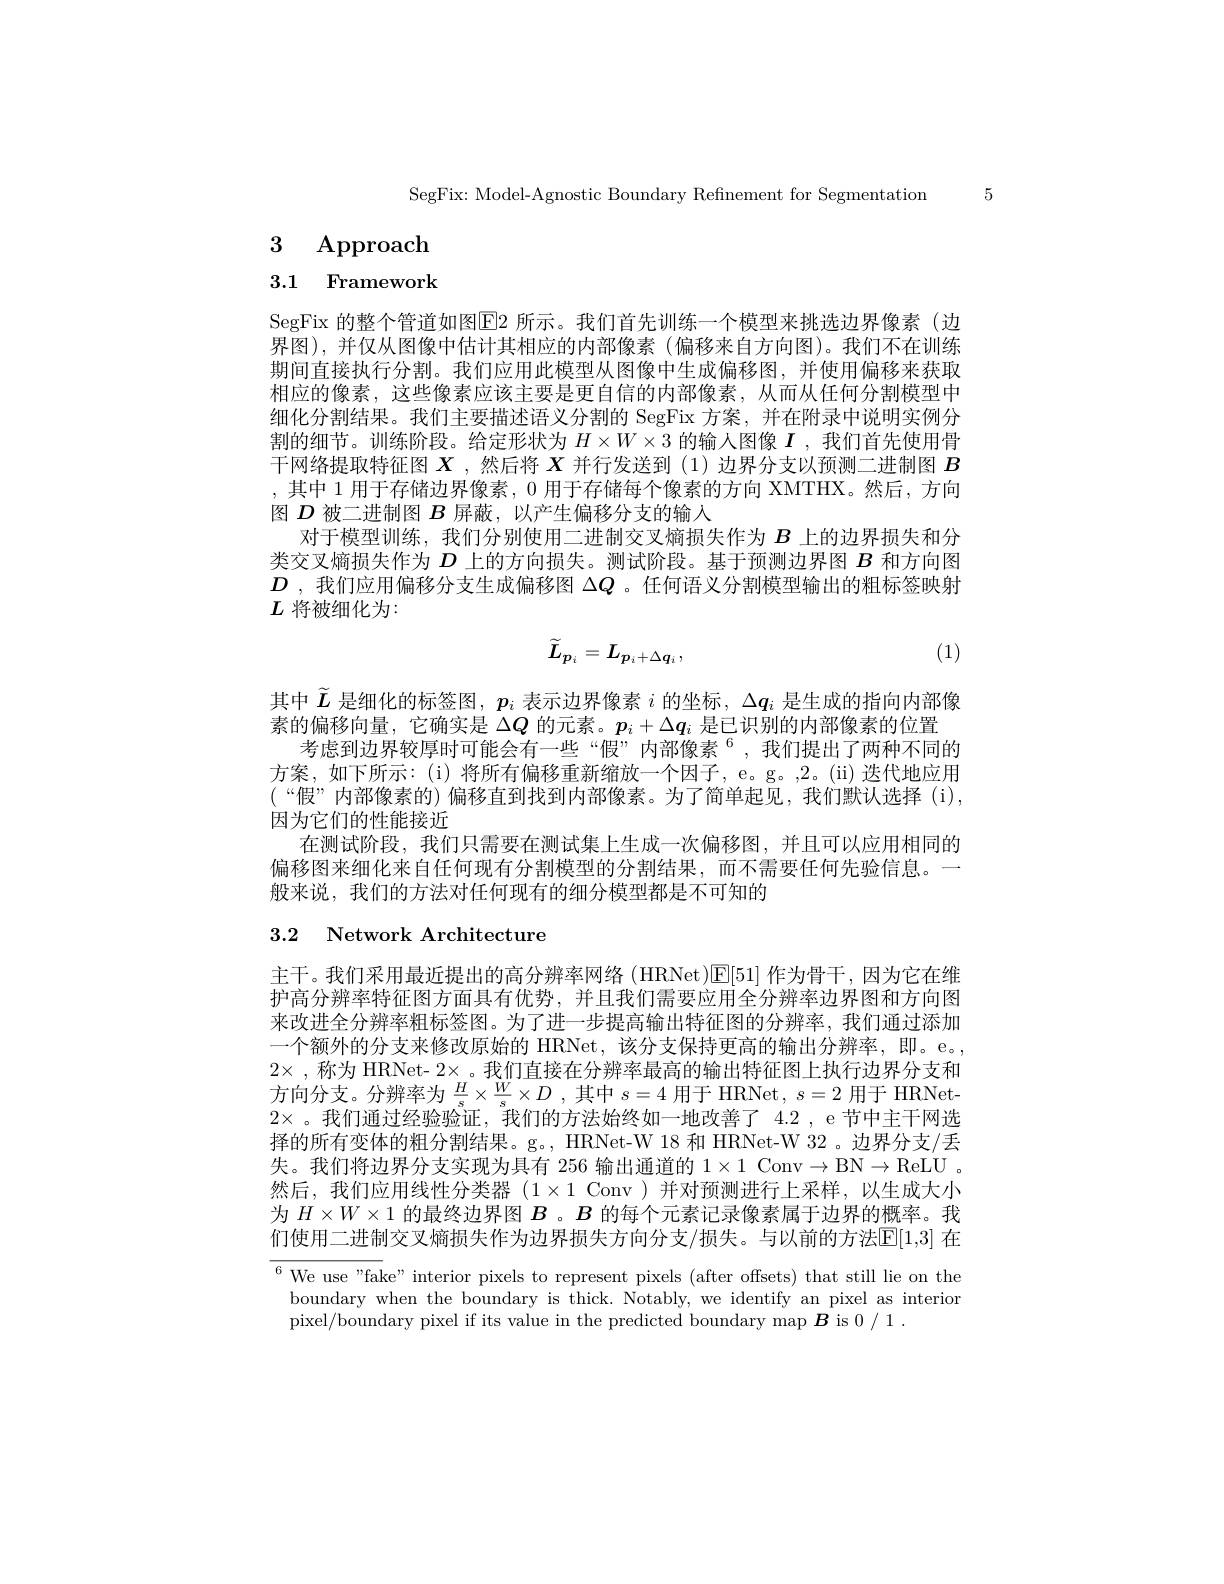
SegFix: Model-Agnostic Boundary Refinement for Segmentation 5

# 3 Approach

3.1 Framework

SegFix 的整个管道如图E2 所示。我们首先训练一个模型来挑选边界像素(边界图),并仅从图像中估计其相应的内部像素(偏移来自方向图)。我们不在训练期间直接执行分割。我们应用此模型从图像中生成偏移图，并使用偏移来获取相应的像素，这些像素应该主要是更自信的内部像素，从而从任何分割模型中细化分割结果。我们主要描述语义分割的 SegFix 方案，并在附录中说明实例分割的细节。训练阶段。给定形状为$H\times W\times3$的输入图像$I$ ,我们首先使用骨干网络提取特征图$X$ ,然后将$X$并行发送到 (1)边界分支以预测二进制图$B$ ,其中 1 用于存储边界像素，0 用于存储每个像素的方向 XMTHX。然后，方向图$D$被二进制图$B$屏蔽，以产生偏移分支的输入
对于模型训练，我们分别使用二进制交叉熵损失作为$B$上的边界损失和分类交叉熵损失作为$D$上的方向损失。测试阶段。基于预测边界图$B$和方向图$D$ ,我们应用偏移分支生成偏移图$\Delta Q$ 。任何语义分割模型输出的粗标签映射$L$将被细化为：
$$\tilde{L}_{p_i}=L_{p_i+\Delta\boldsymbol{q}_i},$$
(1)

其中$\widetilde{L}$是细化的标签图，$p_i$表示边界像素$i$的坐标，$\Delta q_i$是生成的指向内部像
素的偏移向量，它确实是$\Delta Q$的元素。$p_i+\Delta q_i$是已识别的内部像素的位置
考虑到边界较厚时可能会有一些“假”内部像素”,我们提出了两种不同的方案，如下所示：(i)将所有偏移重新缩放一个因子，e。g。,2。(ii) 迭代地应用(“ 假 ” 内 部 像 素 的 )偏移直到找到内部像素。为了简单起见，我们默认选择(i), 因为它们的性能接近
在测试阶段，我们只需要在测试集上生成一次偏移图，并且可以应用相同的偏移图来细化来自任何现有分割模型的分割结果，而不需要任何先验信息。一般来说，我们的方法对任何现有的细分模型都是不可知的

# 3.2 Network Architecture

主干。我们采用最近提出的高分辨率网络(HRNet)$\mathbb{E}[51]$作为骨干，因为它在维护高分辨率特征图方面具有优势，并且我们需要应用全分辨率边界图和方向图来改进全分辨率粗标签图。为了进一步提高输出特征图的分辨率，我们通过添加一个额外的分支来修改原始的 HRNet,该分支保持更高的输出分辨率，即。e。, $2\times$ ,称为 HRNet- $2\times$。我们直接在分辨率最高的输出特征图上执行边界分支和方向分支。分辨率为$\frac Hs\times\frac Ws\times D$ ,其中$s=4$用于 HRNet , $s=2$用于 HRNet- $2\times$ 。我们通过经验验证，我们的方法始终如一地改善了 4.2 , e 节中主干网选择的所有变体的粗分割结果。g。, HRNet-W 18 和 HRNet-W 32 。边界分支/丢失。我们将边界分支实现为具有 256 输出通道的$1\times1$ Conv$\to$B$N\to$R$eLU .$ 然后，我们应用线性分类器(1$\times1 Conv)并对预测进行上采样，以生成大小$ 为$H\times W\times1$的最终边界图$B$ 。$B$的每个元素记录像素属于边界的概率。我们使用二进制交叉熵损失作为边界损失方向分支/损失。与以前的方法$\mathbb{E}[1,3]$ 在

$^{6}$ We use "fake" interior pixels to represent pixels (after offsets) that still lie on the
boundary when the boundary is thick. Notably, we identify an pixel as interior
pixel/boundary pixel if its value in the predicted boundary map $\boldsymbol{B}$ is 0/1.